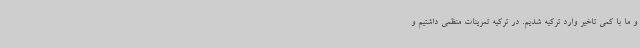
و ما با کمی تاخیر وارد ترکیه شدیم. در ترکیه تمرینات منظمی داشتیم و